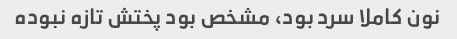
نون کاملا سرد بود، مشخص بود پختش تازه نبوده